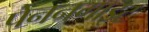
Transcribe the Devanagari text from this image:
पेननगाइट